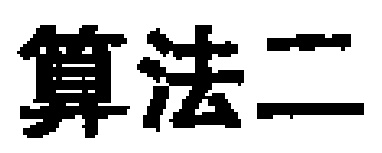
算法二